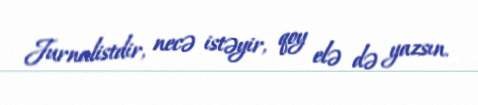
Jurnalistdir, necə istəyir, qoy elə də yazsın.